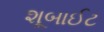
શૂબાઈટ